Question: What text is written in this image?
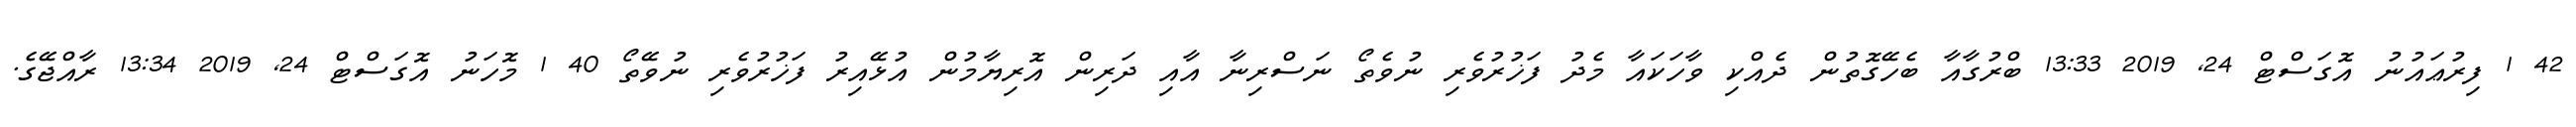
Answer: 42 1 ފިރުޢައުނު އޮގަސްޓް 24, 2019 13:33 ބްރުގާއާ ބެހޭގޮތުން ދެއްކި ވާހަކައާ މެދު ފަޚުރުވެރި ނުވެތޯ ނަސްރިނާ އާއި ދަރިން އޮރިޔާމުން އުޅޭއިރު ފަޚުރުވެރި ނުވޭތޯ 40 1 މޮހަނު އޮގަސްޓް 24, 2019 13:34 ރާއްޖޭގެ.